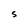
Character: S